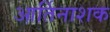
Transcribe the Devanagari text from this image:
आर्तिनाशक